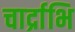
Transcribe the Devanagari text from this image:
चार्द्राभि